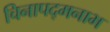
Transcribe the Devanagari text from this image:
चिनापद्मनाभ